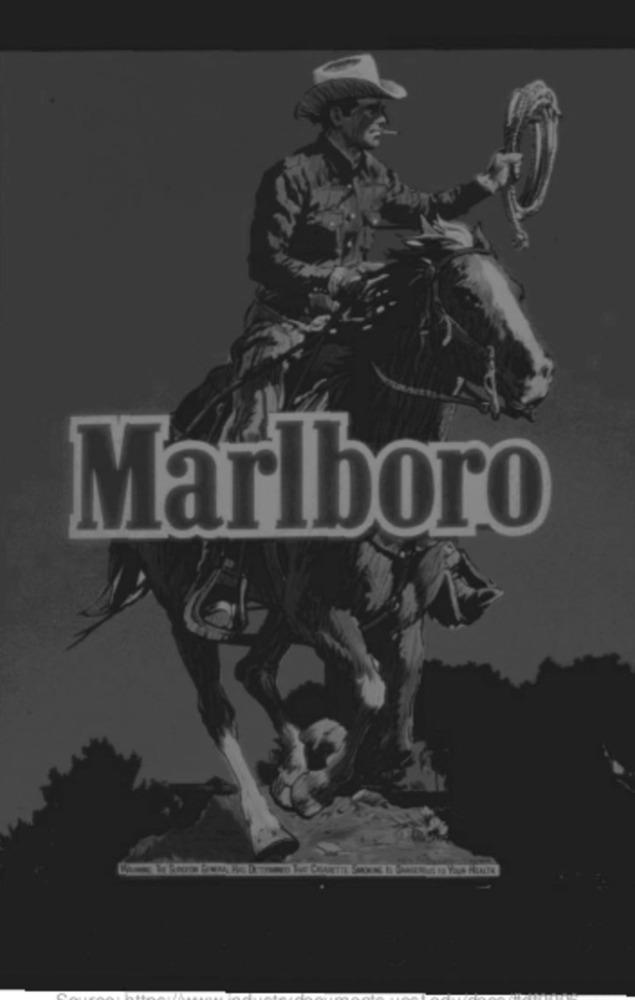
Marlboro